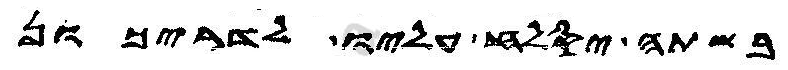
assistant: בשתה יסלח עליו לדריכון